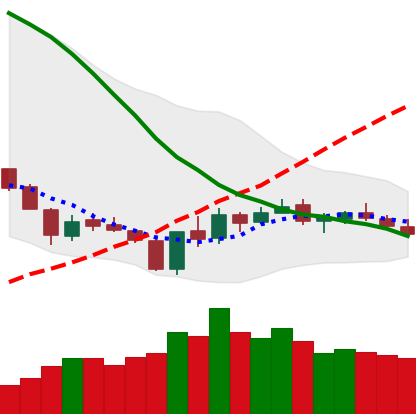
Ticker: XLM-USD
Chart end date: 2018-06-09
Forward return: -14.001%
Label: down_7plus